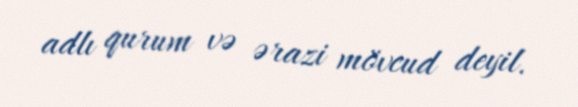
adlı qurum və ərazi mövcud deyil.